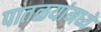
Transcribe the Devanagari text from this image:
पातळयांमध्ये